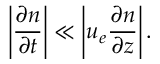
\left| \frac { \partial n } { \partial t } \right| \ll \left| u _ { e } \frac { \partial n } { \partial z } \right| .